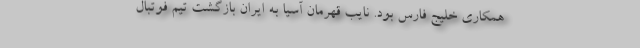
همکاری خلیج فارس بود. نایب قهرمان آسیا به ایران بازگشت تیم فوتبال